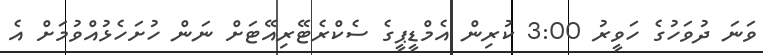
ވަނަ ދުވަހުގެ ހަވީރު 3:00 ކުރިން އެމްޑީޕީގެ ސެކްރެޓޭރިއޭޓަށް ނަން ހުށަހެޅުއްވުމަށް އެ